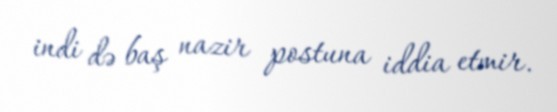
indi də baş nazir postuna iddia etmir.